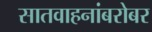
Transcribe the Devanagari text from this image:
सातवाहनांबरोबर